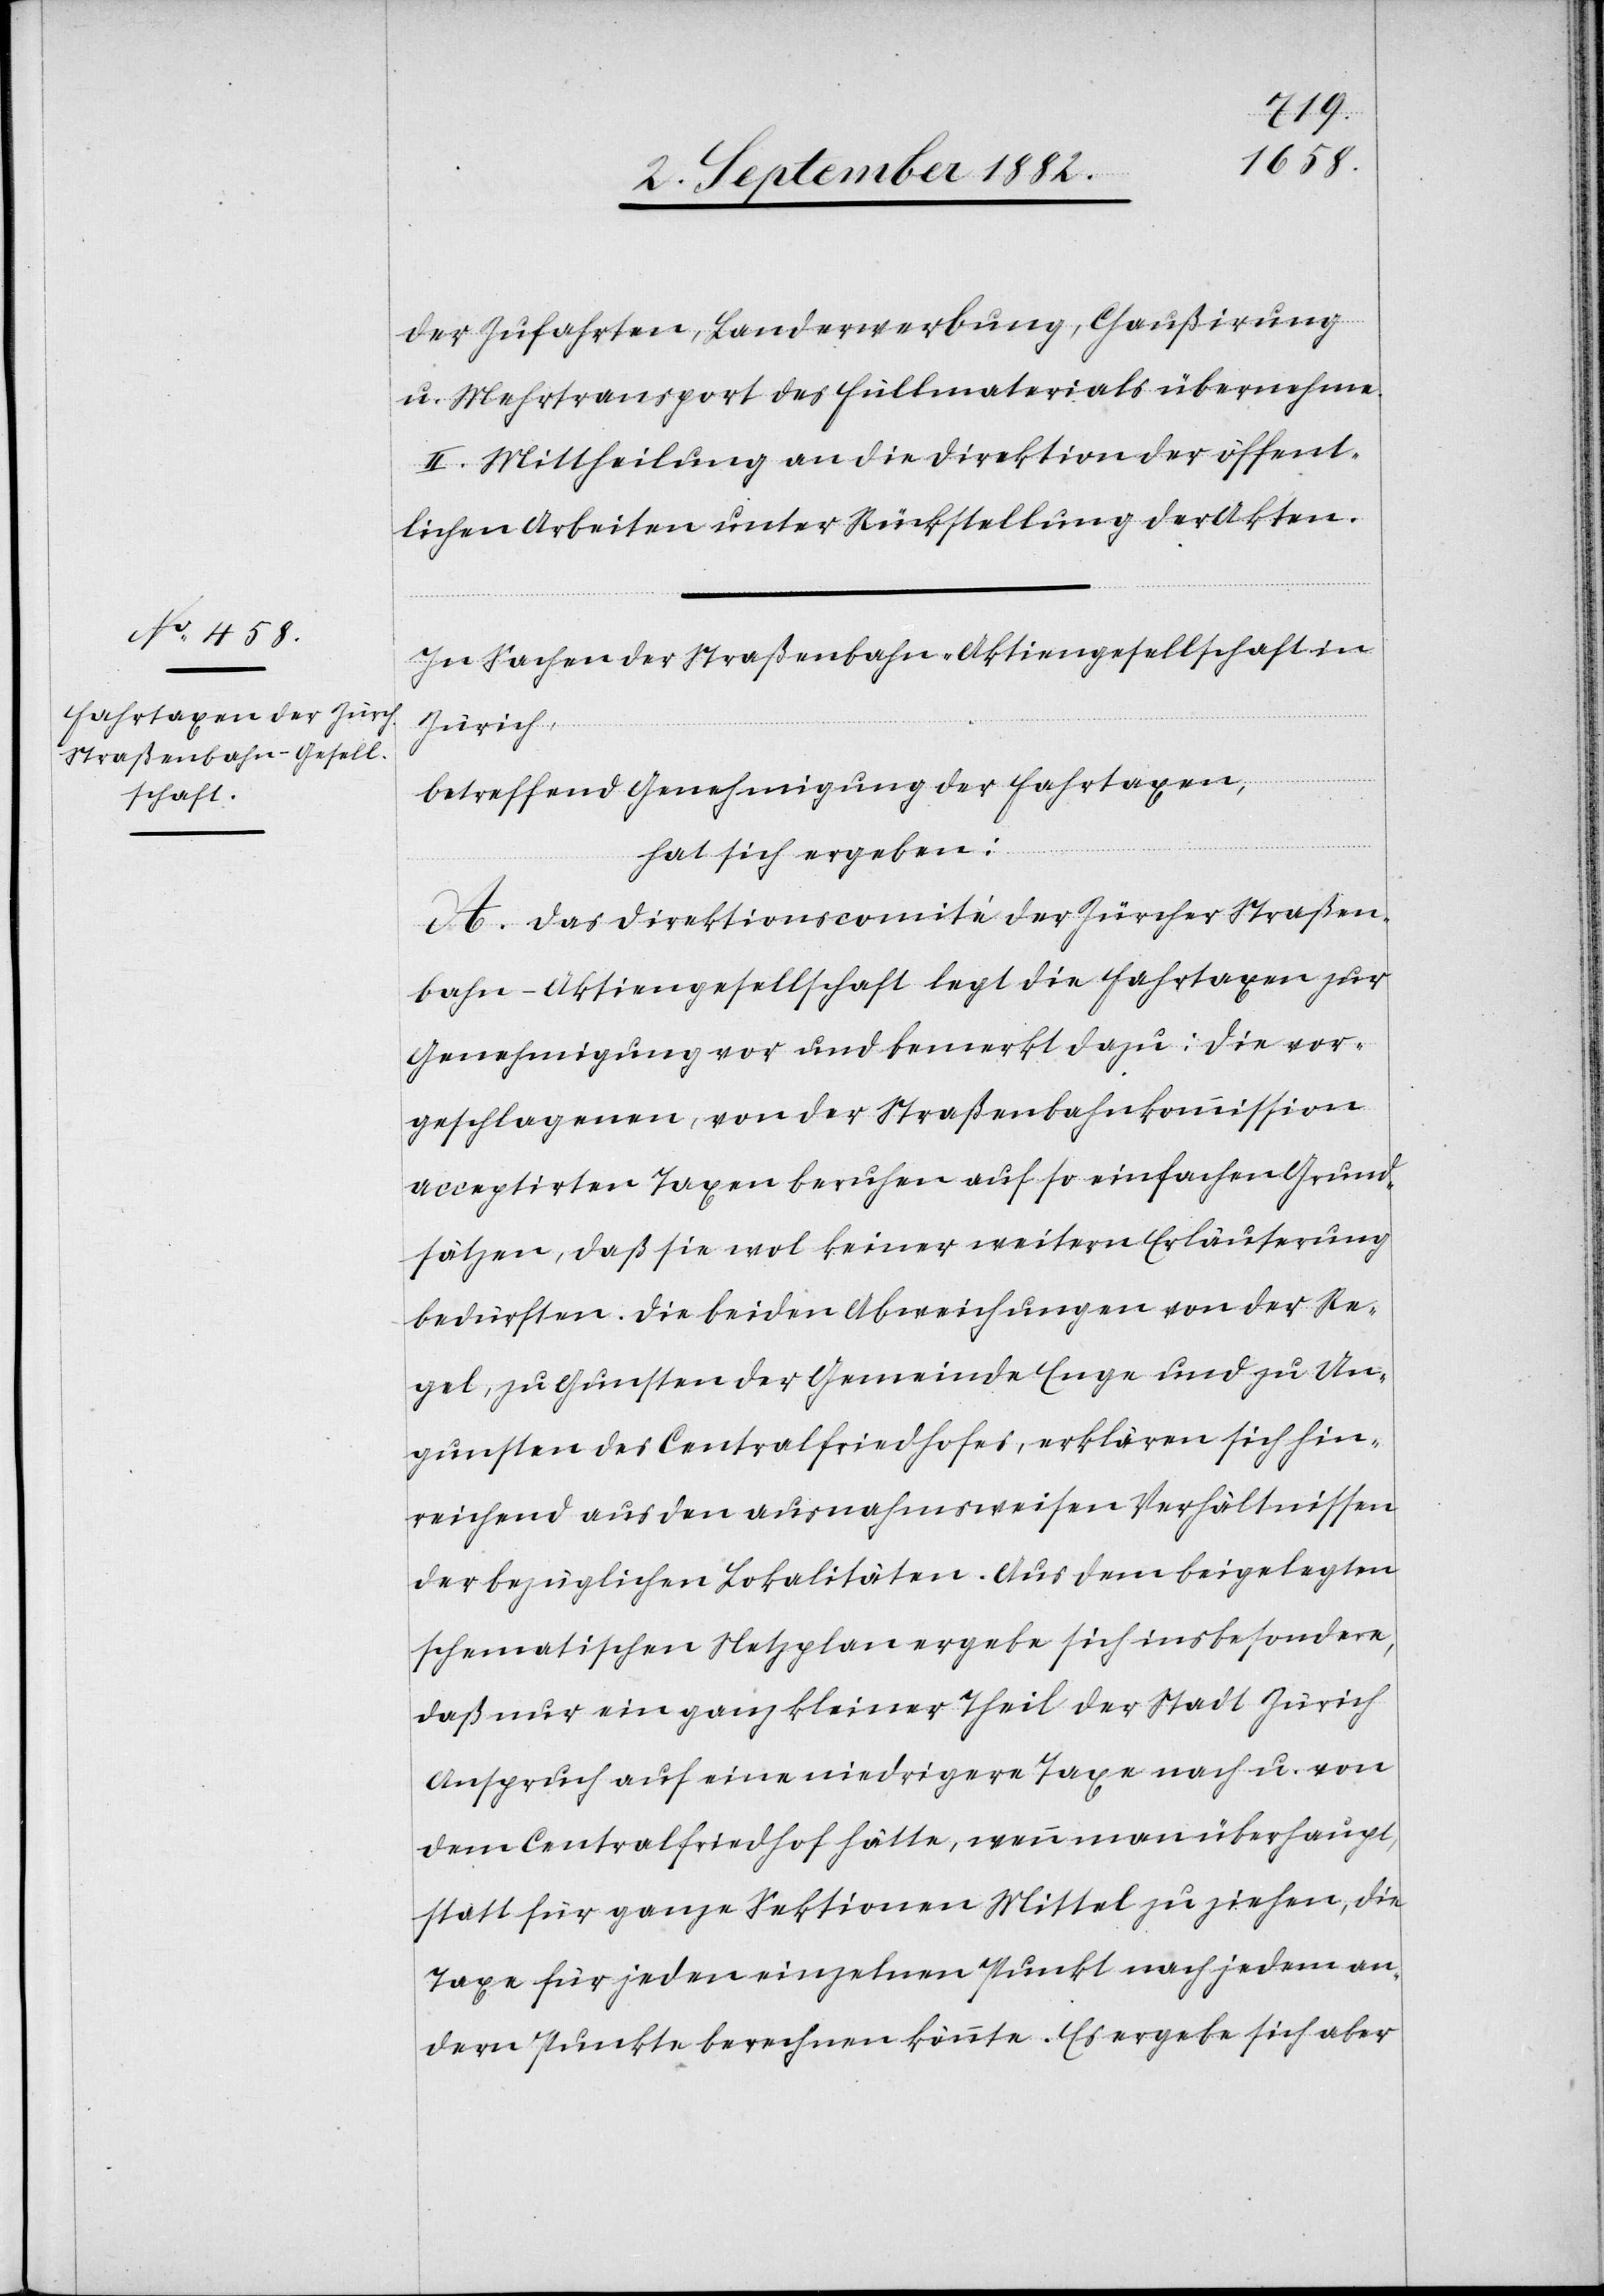
der Zufahrten. Landerwerbung, Chaußirung
u. Mehrtransport des Füllmaterials übernehme.
II. Mittheilung an die Direktion der öffent¬
lichen Arbeiten unter Rückstellung der Akten.
In Sachen der Straßenbahn-Aktiengesellschaft in
Zürich,
betreffend Genehmigung der Fahrtaxen,
hat sich ergeben:
A. Das Direktionscomité der Zürcher Straßen¬
bahn-Aktiengesellschaft legt die Fahrtaxen zur
Genehmigung vor und bemerkt dazu: Die vor¬
geschlagenen, von der Straßenbahnkommission
acceptirten Taxen beruhen auf so einfachen Grund¬
sätzen, daß sie wol keiner weitern Erläuterung
bedürften. Die beiden Abweichungen von der Re¬
gel, zu Gunsten der Gemeinde Enge und zu Un¬
gunsten des Centralfriedhofes, erklären sich hin¬
reichend aus den ausnahmsweisen Verhältnissen
der bezüglichen Lokalitäten. Aus dem beigelegten
schematischen Netzplan ergebe sich insbesondere,
daß nur ein ganz kleiner Theil der Stadt Zürich
Anspruch auf eine niedrigere Taxe nach u. von
dem Centralfriedhof hätte, wenn man überhaupt,
statt für ganze Sektionen Mittel zu ziehen, die
Taxe für jeden einzelnen Punkt nach jedem an¬
dern Punkte berechnen könnte. Es ergebe sich aber